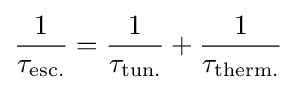
{\frac {1}{\tau _{\text{esc.}}}}={\frac {1}{\tau _{\text{tun.}}}}+{\frac {1}{\tau _{\text{therm.}}}}